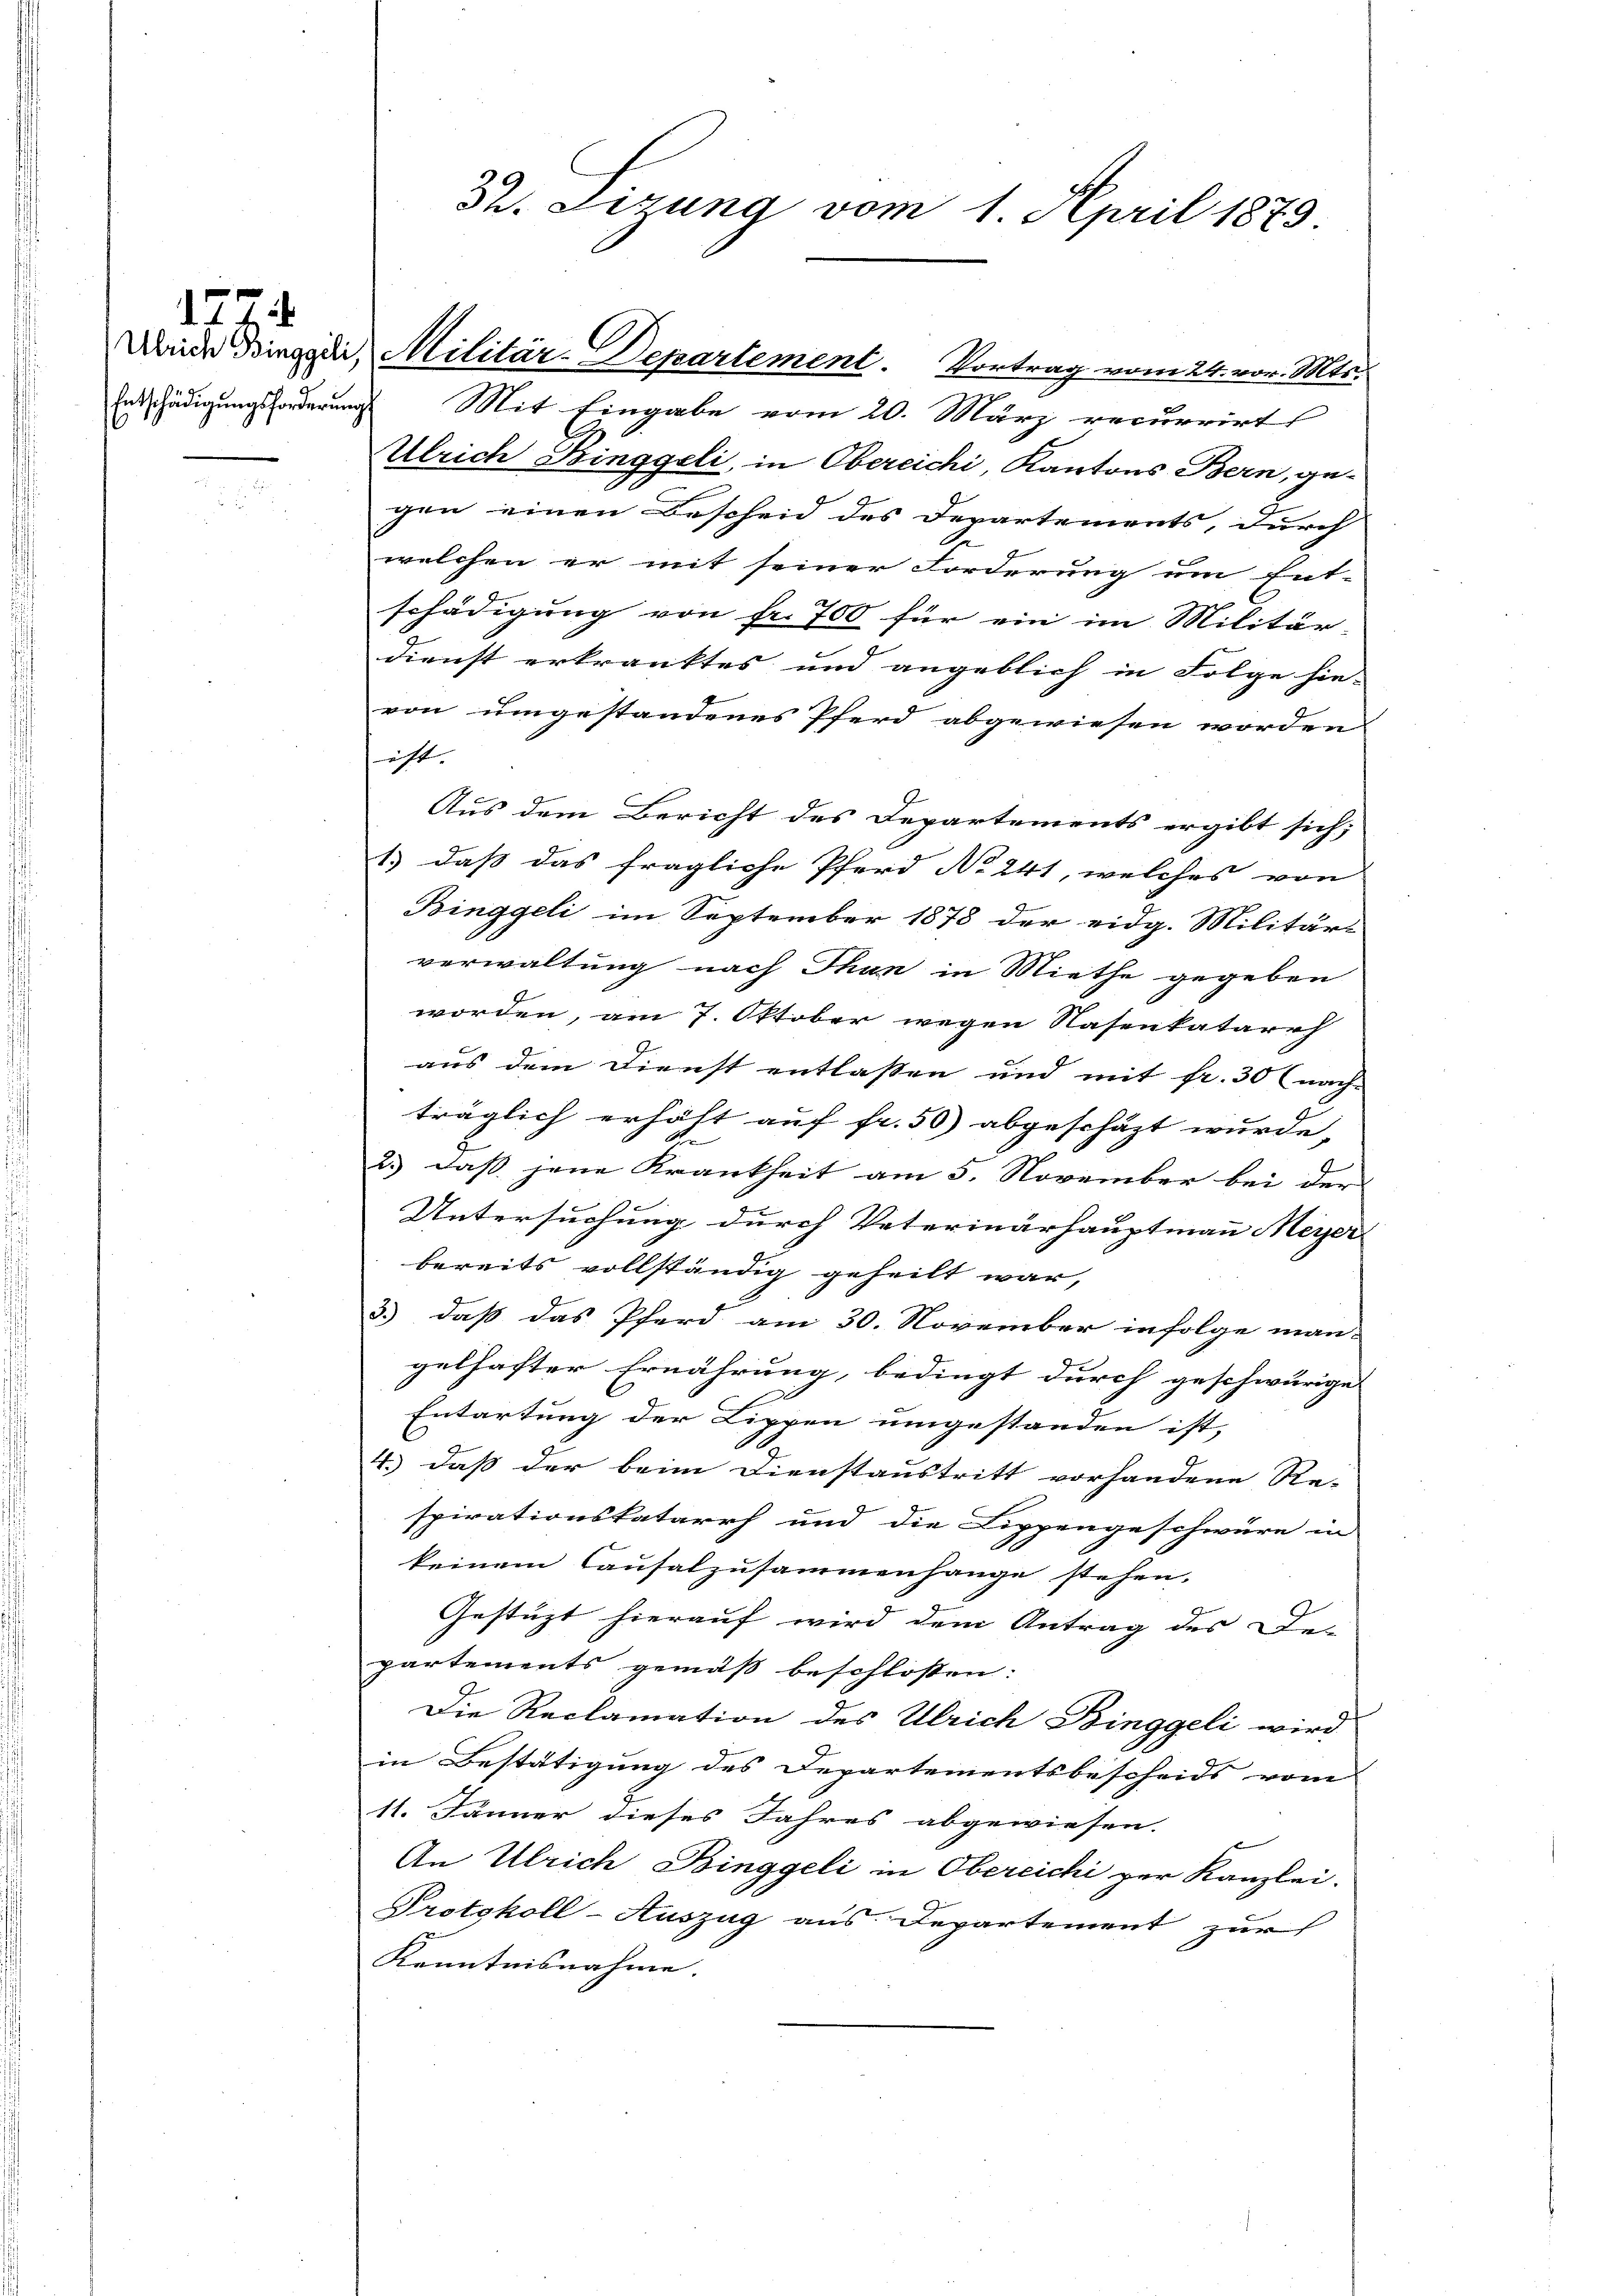
1272.

S. Litung vom 1. April 1879

Entschädigungsforderungs Mit Eingabe vom 20. März recurrirt
Ulrich Binggeli, in Obereichi, Kantons Bern, gegen einen Bescheid des Departements, durch
welchen er mit seiner Forderung um Ent-
schädigung von fr. 700 für ein im Militär-
dienst erkranktes und angeblich in Folge hie-
von umgestandenes Pferd abgewiesen worden.
eht.
Aus dem Bericht des Departements ergibt sich;
1.) daß das fragliche Pferd No 241, welches von
Binggeli im September 1878 der eidg. Militär-
verwaltung nach Thun in Miethe gegeben
worden, am 7. Oktober wegen Nasenkatarrh
aus dem Dienst entlassen und mit fr. 30 (nach-
träglich erhöht auf fr. 50 abgeschäzt wurde,
4
2.) daß jene Krankheit am 5. November bei der
Untersuchung durch Veterinarhauptmann Meyer
bereits vollständig geheilt war,
3) daß das Pferd am 30. November infolge man-
gelhafter Ernährung, bedingt durch geschwürige
Entartung der Lippen umgestanden ist,
4.) daß der beim Dienstaustritt vorhandene Re-
spirationskatarrh und die Lippengeschwüre in
keinem Caŭfalzŭsammenhange stehen.
Gestüzt hierauf wird dem Antrag des De-
partements gemäß beschlossen:
Die Reclamation des Ulrich Binggeli wird
in Bestätigung des Departementsbescheids vom
11. Jänner dieses Jahres abgewiesen.
An Ulrich Binggeli in Obereichi per Kanzlei-
Protokoll-Auszug aus Departement zur
Kenntnisnahme. |

Deine Binggen, Militär-Departement. Vortrag vom 24. vor. Mts.